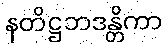
နတိဋ္ဌဘဒန္တိကာ